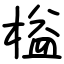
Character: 榏